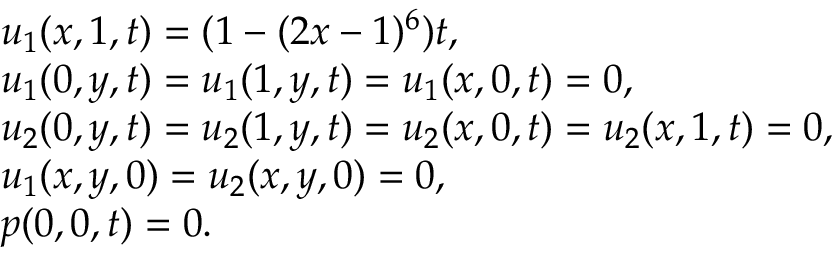
\begin{array} { r l } & { u _ { 1 } ( x , 1 , t ) = ( 1 - ( 2 x - 1 ) ^ { 6 } ) t , } \\ & { u _ { 1 } ( 0 , y , t ) = u _ { 1 } ( 1 , y , t ) = u _ { 1 } ( x , 0 , t ) = 0 , } \\ & { u _ { 2 } ( 0 , y , t ) = u _ { 2 } ( 1 , y , t ) = u _ { 2 } ( x , 0 , t ) = u _ { 2 } ( x , 1 , t ) = 0 , } \\ & { u _ { 1 } ( x , y , 0 ) = u _ { 2 } ( x , y , 0 ) = 0 , } \\ & { p ( 0 , 0 , t ) = 0 . } \end{array}